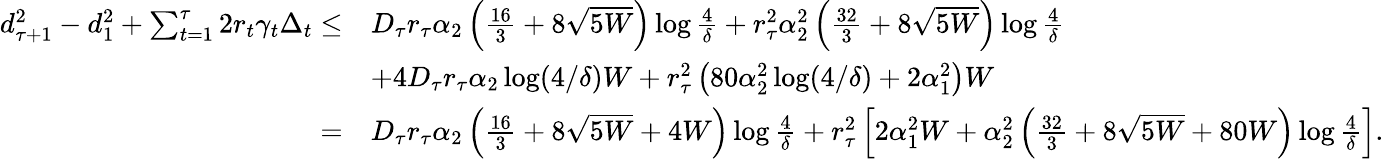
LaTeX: \begin{array}{rl}{d_{\tau+1}^{2}-d_{1}^{2}+\sum_{t=1}^{\tau}2r_{t}\gamma_{t}\Delta_{t}\leq}&{D_{\tau}r_{\tau}\alpha_{2}\left(\frac{16}{3}+8\sqrt{5W}\right)\log\frac{4}{\delta}+r_{\tau}^{2}\alpha_{2}^{2}\left(\frac{32}{3}+8\sqrt{5W}\right)\log\frac{4}{\delta}}\\ &{+4D_{\tau}r_{\tau}\alpha_{2}\log(4/\delta)W+r_{\tau}^{2}\left(80\alpha_{2}^{2}\log(4/\delta)+2\alpha_{1}^{2}\right)W}\\ {=}&{D_{\tau}r_{\tau}\alpha_{2}\left(\frac{16}{3}+8\sqrt{5W}+4W\right)\log\frac{4}{\delta}+r_{\tau}^{2}\left[2\alpha_{1}^{2}W+\alpha_{2}^{2}\left(\frac{32}{3}+8\sqrt{5W}+80W\right)\log\frac{4}{\delta}\right].}\end{array}